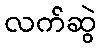
လက်ဆွဲ